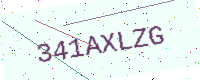
Text: 341AXLZG